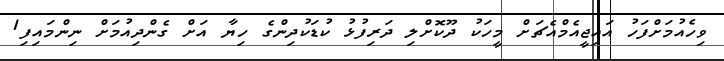
ވިހެއުމަށްފަހު އައިޖީއެމްއެޗަށް މީހަކު ދޫކޮށްލި ދަރިފުޅު ކުޑަކުދިންގެ ހިޔާ އަށް ގެންދިއުމަށް ނިންމައިފި1